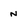
Character: N